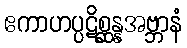
ဧကာဟပ္ပဋိစ္ဆန္နအဗ္ဘာနံ